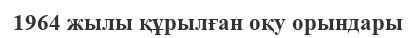
1964 жылы құрылған оқу орындары